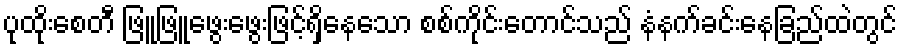
ပုထိုးစေတီ ဖြူဖြူဖွေးဖွေးဖြင့်ရှိနေသော စစ်ကိုင်းတောင်သည် နံနက်ခင်းနေခြည်ထဲတွင်